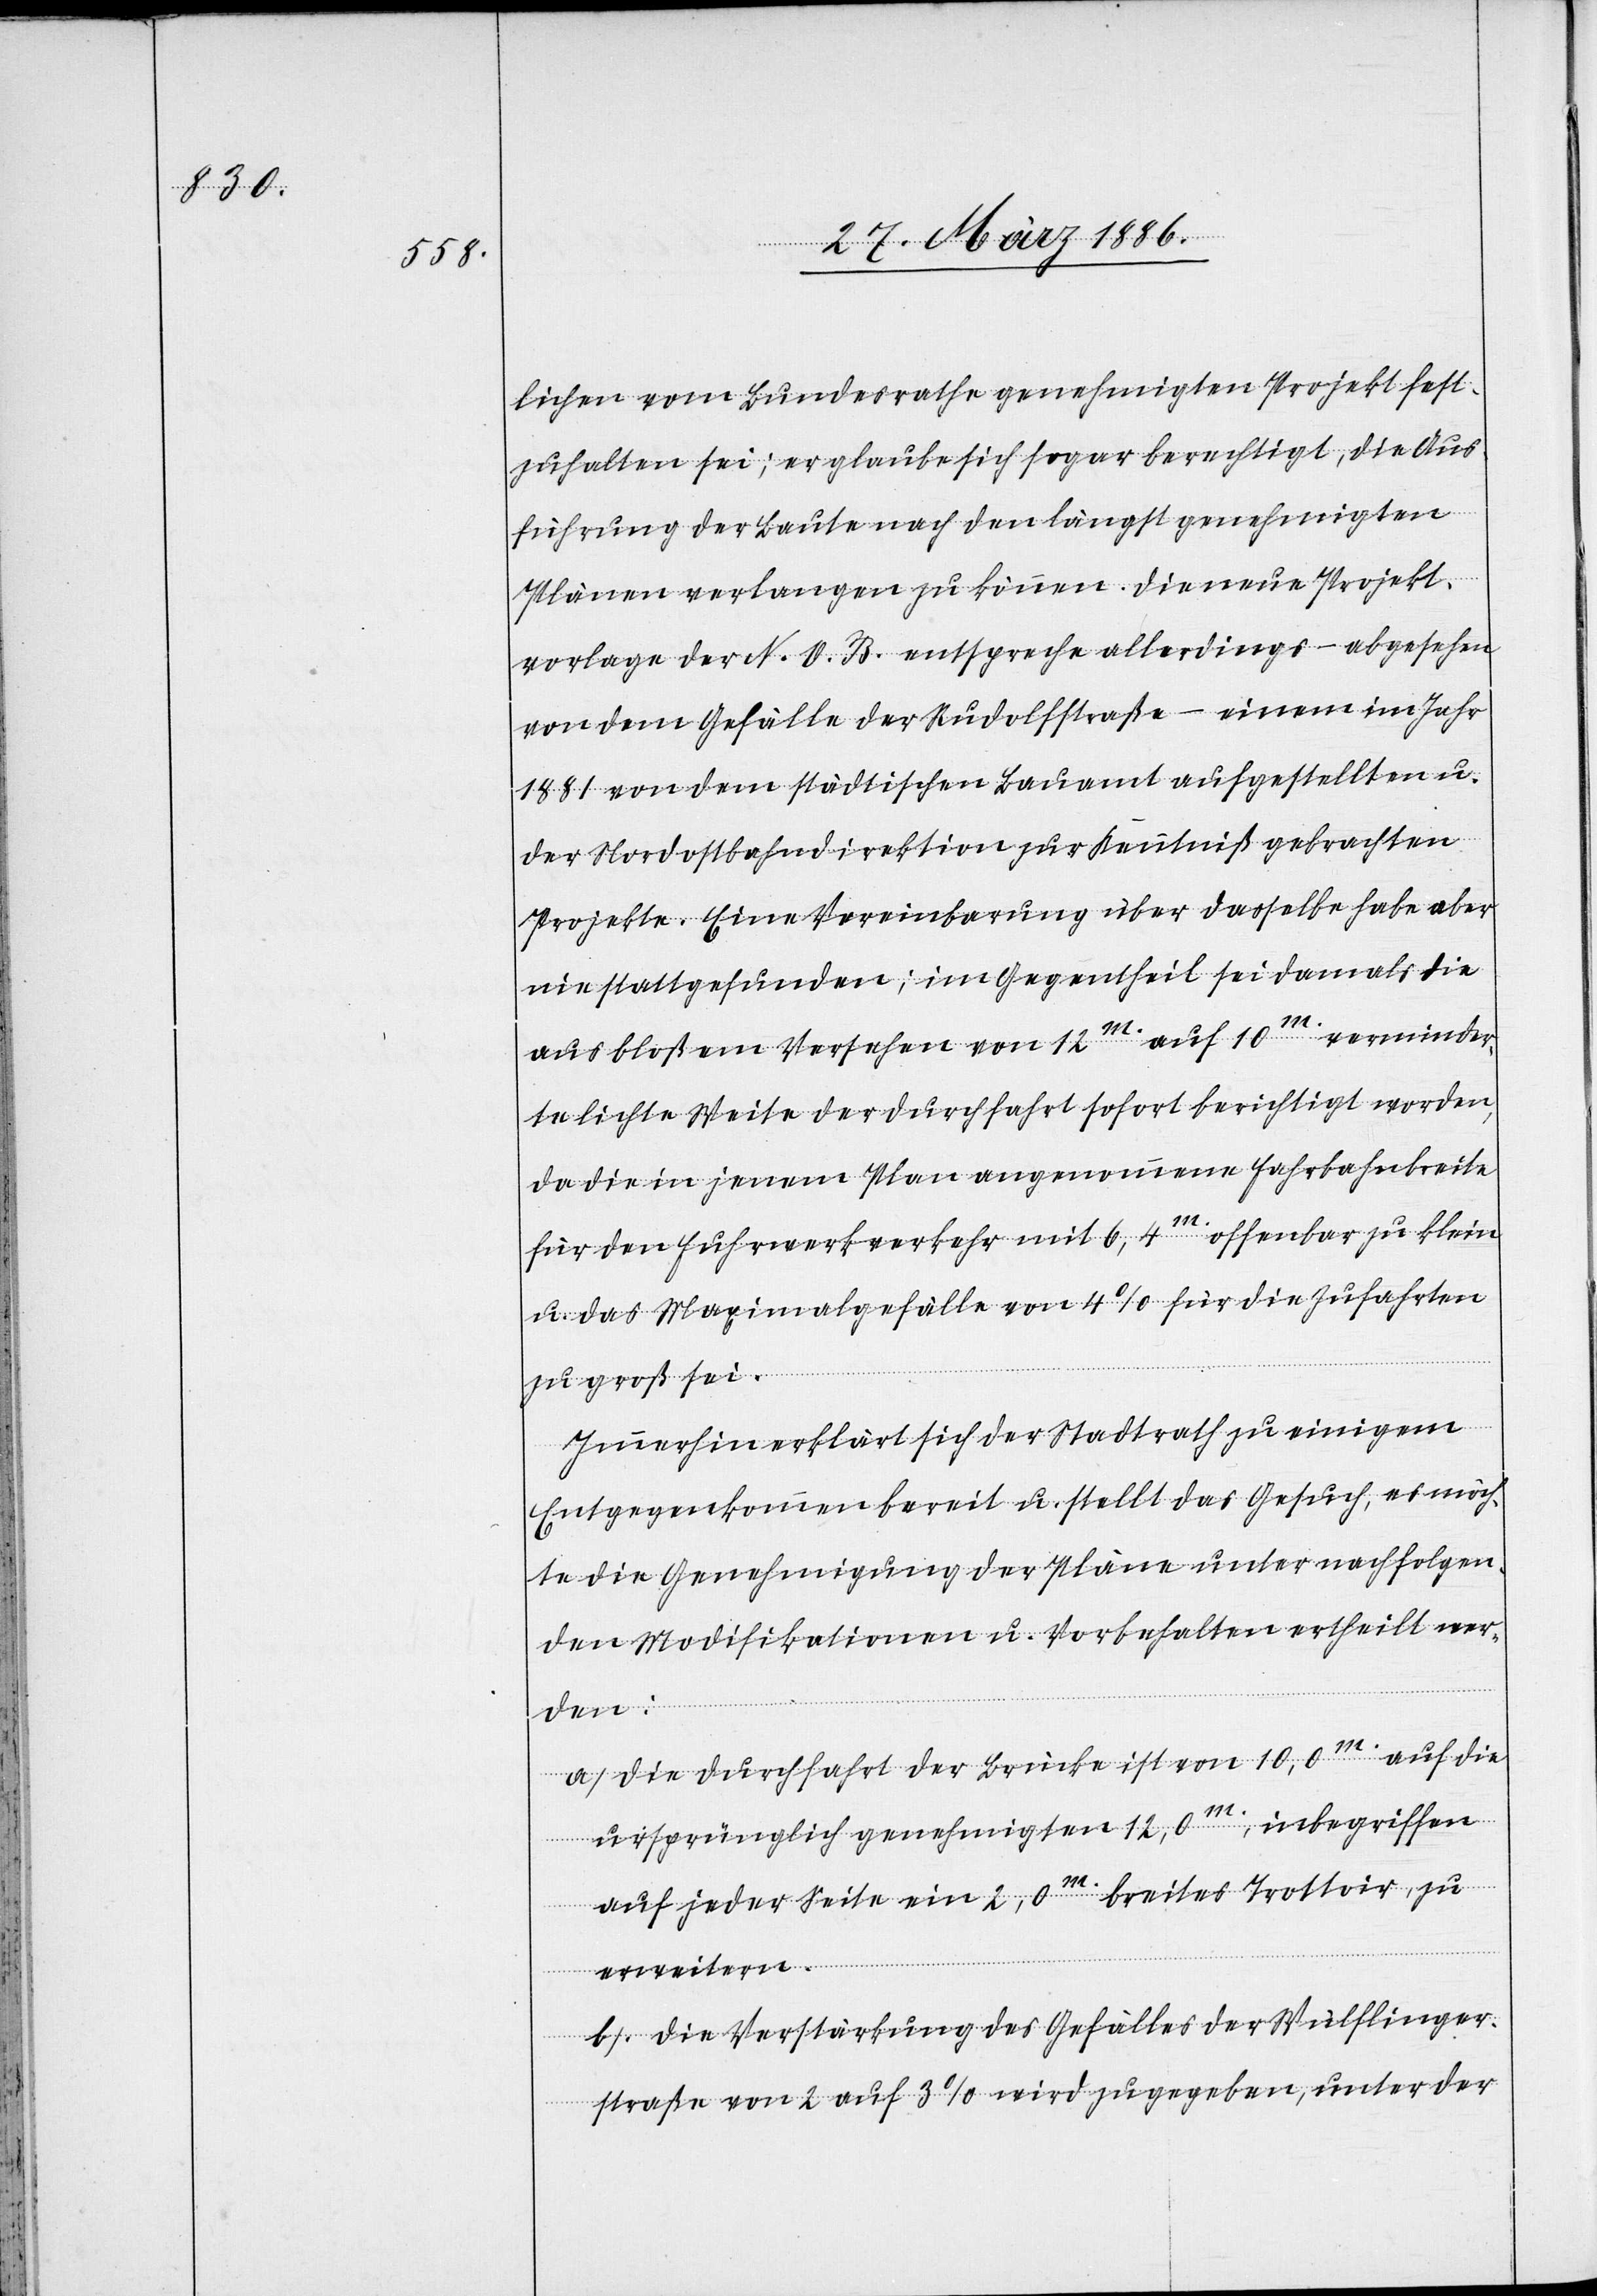
lichen vom Bundesrathe genehmigten Projekt fest¬
zuhalten sei; er glaube sich sogar berechtigt, die Aus¬
führung der Baute nach den längst genehmigten
Plänen verlangen zu können. Die neue Projekt¬
vorlage der N. O. B. entspreche allerdings – abgesehen
von dem Gefälle der Rudolfstraße – einem im Jahr
1881 von dem städtischen Bauamt angestellten u.
der Nordostbahndirektion zur Kenntniß gebrachten
Projekte. Eine Vereinbarung über dasselbe habe aber
nie stattgefunden; im Gegentheil sei damals die
aus bloßem Versehen von 12m. auf 10m. verminder¬
te lichte Weite der Durchfahrt sofort berichtigt worden,
da die in jenem Plan angenommene Fahrbahnbreite
für den Fuhrwerkverkehr mit 6,4m. offenbar zu klein
u. das Maximalgefälle von 4% für die Zufahren
zu groß sei.
Immerhin erklärt sich der Stadtrath zu einigem
Entgegenkommen bereit u. stellt das Gesuch, es möch¬
te die Genehmigung der Pläne unter nachfolgen¬
den Modifikationen u. Vorbehalten ertheilt wer¬
den:
a. Die Durchfahrt der Brücke ist von 10,0m. auf die
ursprünglichen genehmigten 12,0m., inbegriffen
auf jeder Seite ein 2,0m. breites Trottoir, zu
erweitern.
b. Die Verstärkung des Gefälles der Wülflinger¬
straße von 2 auf 3% wird zugegeben, unter der